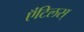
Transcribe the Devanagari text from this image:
ऍंटिलस्‌